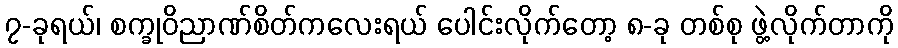
၇-ခုရယ်၊ စက္ခုဝိညာဏ်စိတ်ကလေးရယ် ပေါင်းလိုက်တော့ ၈-ခု တစ်စု ဖွဲ့လိုက်တာကို